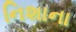
નિશાના